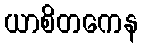
ယာစိတကေန